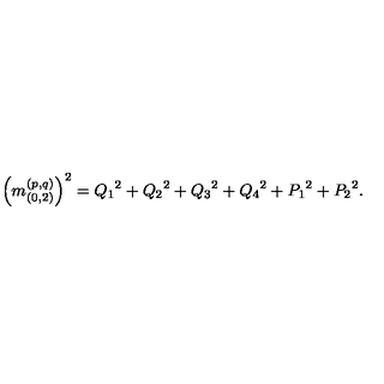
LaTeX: \left( m _ { ( 0 , 2 ) } ^ { ( p , q ) } \right) ^ { 2 } = { Q _ { 1 } } ^ { 2 } + { Q _ { 2 } } ^ { 2 } + { Q _ { 3 } } ^ { 2 } + { Q _ { 4 } } ^ { 2 } + { P _ { 1 } } ^ { 2 } + { P _ { 2 } } ^ { 2 } .